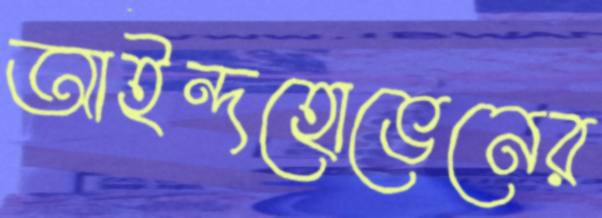
আইন্দহোভেনের